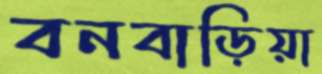
বনবাড়িয়া